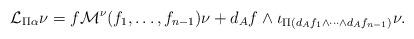
LaTeX: \begin{align*}\mathcal{L}_{\Pi\alpha}\nu = f \mathcal{M}^\nu(f_1,\ldots,f_{n-1})\nu+ d_{A}f\wedge \iota_{\Pi(d_{A}f_1\wedge\cdots\wedge d_{A}f_{n-1})}\nu.\end{align*}